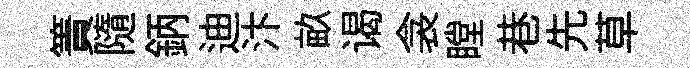
簀隨鈵迪汴畝谒衾瞠巷先草